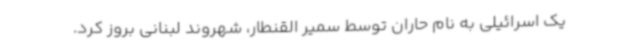
یک اسرائیلی به نام حاران توسط سمیر القنطار، شهروند لبنانی بروز کرد.